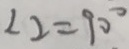
\angle 2 = 9 0 ^ { \circ }